Scientific memoirs by medical officers of the Army of India - Part X,
Year: 1897
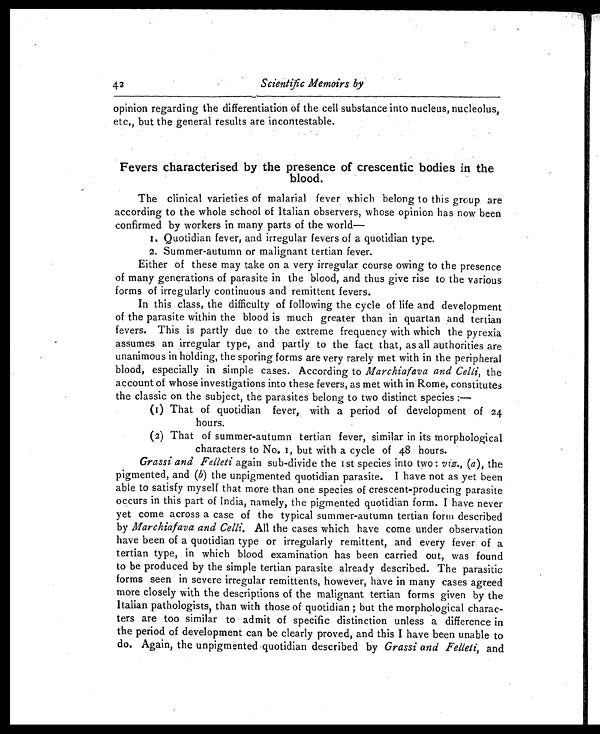
42
Scientific Memoirs by
opinion regarding the differentiation of the cell substance into nucleus, nucleolus,
etc., but the general results are incontestable.
Fevers characterised by the presence of crescentic bodies in the
blood.
The clinical varieties of malarial fever which belong to this group are
according to the whole school of Italian observers, whose opinion has now been
confirmed by workers in many parts of the world—
1. Quotidian fever, and irregular fevers of a quotidian type.
2. Summer-autumn or malignant tertian fever.
Either of these may take on a very irregular course owing to the presence
of many generations of parasite in the blood, and thus give rise to the various
forms of irregularly continuous and remittent fevers.
In this class, the difficulty of following the cycle of life and development
of the parasite within the blood is much greater than in quartan and tertian
fevers. This is partly due to the extreme frequency with which the pyrexia
assumes an irregular type, and partly to the fact that, as all authorities are
unanimous in holding, the sporing forms are very rarely met with in the peripheral
blood, especially in simple cases. According to Marchiafava and Celli, the
account of whose investigations into these fevers, as met with in Rome, constitutes
the classic on the subject, the parasites belong to two distinct species :—
(1) That of quotidian fever, with a period of development of 24
hours.
(2) That of summer-autumn tertian fever, similar in its morphological
characters to No. 1, but with a cycle of 48 hours.
Grassi and Felleti again sub-divide the 1st species into two : viz., ( a ), the
pigmented, and ( b) the unpigmented quotidian parasite. I have not as yet been
able to satisfy myself that more than one species of crescent-producing parasite
occurs in this part of India, namely, the pigmented quotidian form. I have never
yet come across a case of the typical summer-autumn tertian form described
by Marchiafava and Celli.A l l t h e c a s e s w h i c h h a v e c o m e u n d e r o b s e r v a t i o n
have been of a quotidian type or irregularly remittent, and every fever of a
tertian type, in which blood examination has been carried out, was found
to be produced by the simple tertian parasite already described. The parasitic
forms seen in severe irregular remittents, however, have in many cases agreed
more closely with the descriptions of the malignant tertian forms given by the
Italian pathologists, than with those of quotidian ; but the morphological charac-
ters are too similar to admit of specific distinction unless a difference in
the period of development can be clearly proved, and this I have been unable to
do. Again, the unpigmented quotidian described by Grassi and Felleti, and